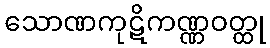
သောဏကုဋိကဏ္ဏဝတ္ထု